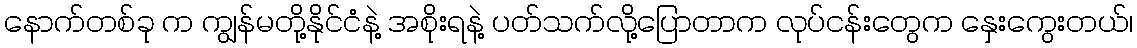
နောက်တစ်ခု က ကျွန်မတို့နိုင်ငံနဲ့ အစိုးရနဲ့ ပတ်သက်လို့ပြောတာက လုပ်ငန်းတွေက နှေးကွေးတယ်၊